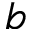
b